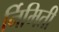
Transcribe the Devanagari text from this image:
र्निमिती